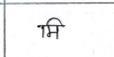
मजकूर: मि